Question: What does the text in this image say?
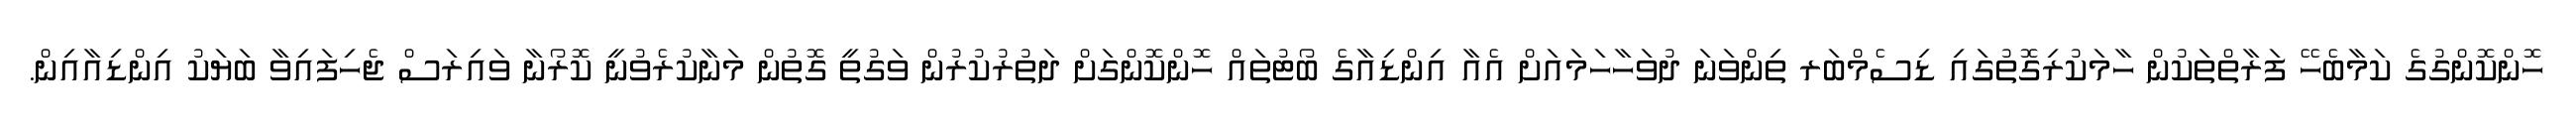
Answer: ހޮންކޮންގުގެ ކަމާބެހޭ ފަރާތްތަކުން ހާމަކުރިގޮތުގައި ޑިސެމްބަރ ތިންވަނަ ދުވަހާހަމައަށް އެއާ އިންޑިއާގެ ބޯޓުތައް ހޮންކޮންގަށް ދަތުރުކުރުން ވަގުތީ ގޮތުން މަނާކުރެވުނީ ކޮރޯނާ ވައިރަސް ޖެހިފައިވާ ބަޔަކު އިންޑިއާއިން.